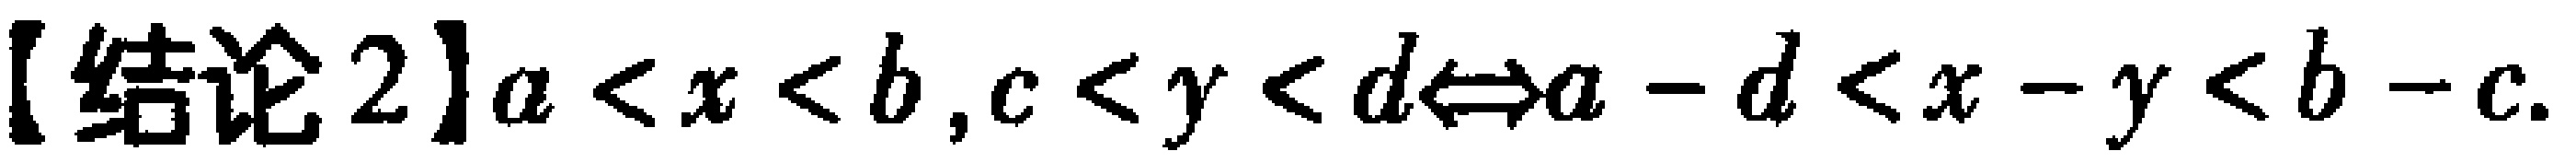
【结论2】\(a < x < b, c < y < d\Leftrightarrow a - d < x - y < b - c\)